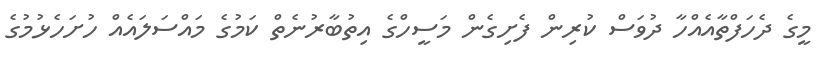
މީގެ ދެހަފްތާއެއްހާ ދުވަސް ކުރިން ފެށިގެން މަސީހްގެ އިތުބާރުނެތް ކަމުގެ މައްސަލައެއް ހުށަހެޅުމުގެ